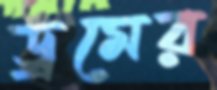
ড্রমের